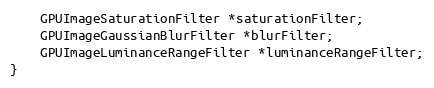
Language: C
    GPUImageSaturationFilter *saturationFilter;
    GPUImageGaussianBlurFilter *blurFilter;
    GPUImageLuminanceRangeFilter *luminanceRangeFilter;
}